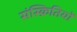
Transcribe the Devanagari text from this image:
संस्क्रितियों